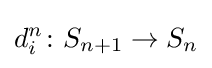
d_{i}^{n}\colon S_{n+1}\rightarrow S_{n}